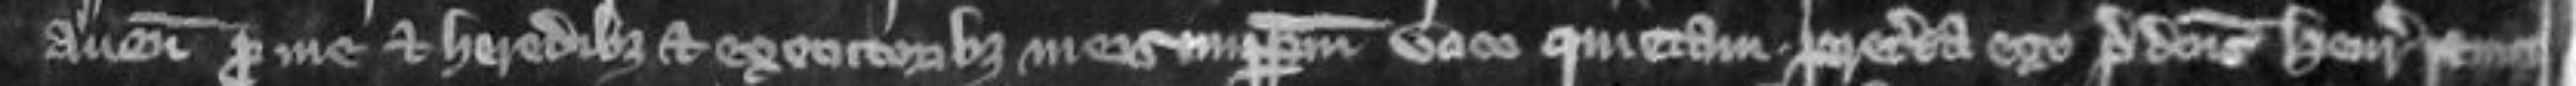
avene pro me et heredibus et executoribus meis imperpetuum voco quietam Preterea ego predictus Henricus remit